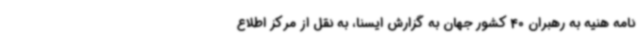
نامه هنیه به رهبران 40 کشور جهان به گزارش ایسنا، به نقل از مرکز اطلاع